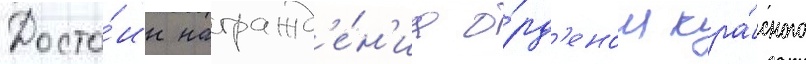
Досто́ин награжд'е́н'иа о́рд'еном кра́сного